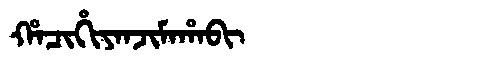
Manchu: ᡥᠠᠴᡳᡥᡳᠶᠠᠨᠵᡳᠮᠠᡥᠠᠪᡳ
Romanization: HACIHIYANJIMAHABI